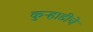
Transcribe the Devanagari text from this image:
कुऱ्हाडीचे